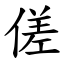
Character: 傞